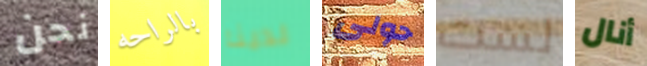
نحن بالراحه لدينا حولى لست أنال